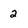
Character: 2